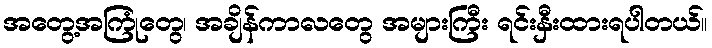
အတွေ့အကြုံတွေ၊ အချိန်ကာလတွေ အများကြီး ရင်းနှီးထားရပါတယ်။